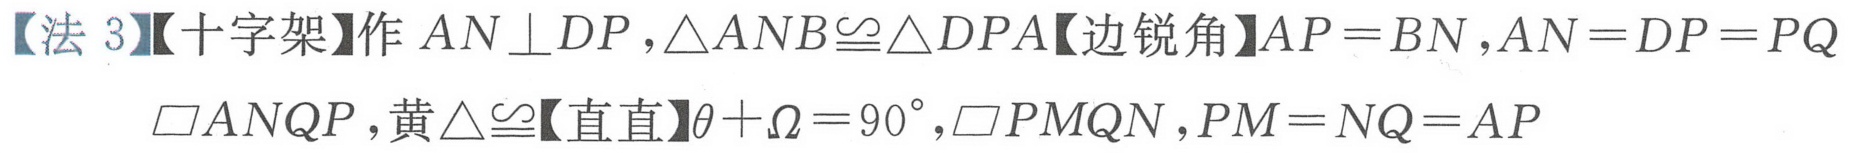
【法3】【十字架】作 \(AN\perp DP\)，\(\triangle ANB\cong\triangle DPA\)【边锐角】\(AP = BN\)，\(AN = DP = PQ\)
\(\square ANQP\)，黄\(\triangle\cong\)【直直】\(\theta+\Omega = 90^{\circ}\)，\(\square PMQN\)，\(PM = NQ = AP\)